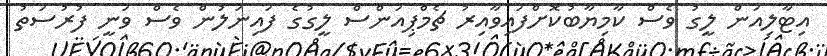
އިޓާލިއަން ލީގު ވެސް ކާމިޔާބުކޮށްފައިވާއިރު ޗެމްޕިއަންސް ލީގުގެ ފައިނަލުން ވެސް ވަނީ ފުރުސަތު